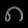
Digit: ၈